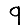
Digit: 9